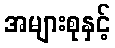
အများစုနှင့်